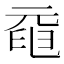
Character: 𠒞